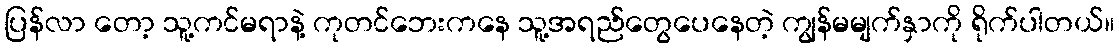
ပြန်လာ တော့ သူ့ကင်မရာနဲ့ ကုတင်ဘေးကနေ သူ့အရည်တွေပေနေတဲ့ ကျွန်မမျက်နှာကို ရိုက်ပါတယ်။